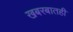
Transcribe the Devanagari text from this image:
खबरबातही